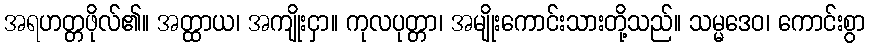
အရဟတ္တဖိုလ်၏။ အတ္ထာယ၊ အကျိုးငှာ။ ကုလပုတ္တာ၊ အမျိုးကောင်းသားတို့သည်။ သမ္မဒေဝ၊ ကောင်းစွာ